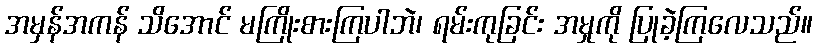
အမှန်အကန် သိအောင် မကြိုးစားကြပါဘဲ၊ ရမ်းကုခြင်း အမှုကို ပြုခဲ့ကြလေသည်။